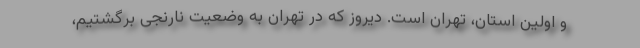
و اولین استان، تهران است. دیروز که در تهران به وضعیت نارنجی برگشتیم،